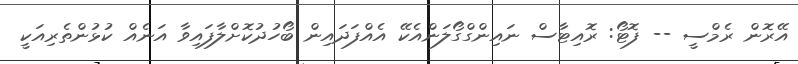
އޭރޮން ރެމްސީ -- ފޮޓޯ: ރޮއިޓާސް ނައިންގްގޯލަންއެކޭ އެއްފަދައިން ބޯހުދުކޮށްލާފައިވާ އަނެއް ކުޅުންތެރިއަކީ